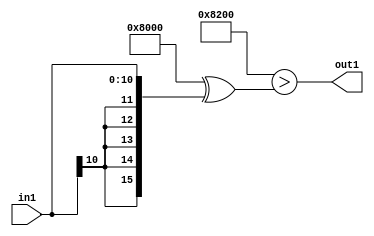
`timescale 1ps / 1ps
/*****************************************************************************
    Verilog RTL Description
    
    
    Created by: Stratus DpOpt 2019.1.01 
*******************************************************************************/

module SobelFilter_LtiLLs11_1 (
	in1,
	out1
	); /* architecture "behavioural" */ 
input [10:0] in1;
output  out1;
wire  asc001;

assign asc001 = ((16'B1000000000000000 ^ 16'B0000001000000000)>(16'B1000000000000000 ^ {{5{in1[10]}},
    in1}));

assign out1 = asc001;
endmodule

/* CADENCE  ubbxTA4= : u9/ySgnWtBlWxVPRXgAZ4Og= ** DO NOT EDIT THIS LINE ******/